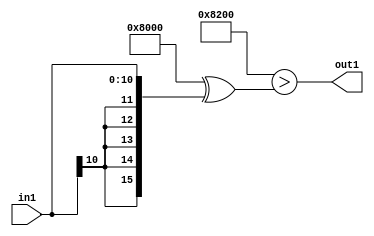
`timescale 1ps / 1ps
/*****************************************************************************
    Verilog RTL Description
    
    
    Created by: Stratus DpOpt 2019.1.01 
*******************************************************************************/

module SobelFilter_LtiLLs11_1 (
	in1,
	out1
	); /* architecture "behavioural" */ 
input [10:0] in1;
output  out1;
wire  asc001;

assign asc001 = ((16'B1000000000000000 ^ 16'B0000001000000000)>(16'B1000000000000000 ^ {{5{in1[10]}},
    in1}));

assign out1 = asc001;
endmodule

/* CADENCE  ubbxTA4= : u9/ySgnWtBlWxVPRXgAZ4Og= ** DO NOT EDIT THIS LINE ******/